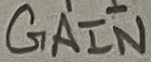
Text: GAIN